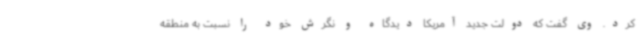
کرد. وی گفت که دولت جدید آمریکا دیدگاه و نگرش خود را نسبت به منطقه